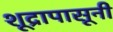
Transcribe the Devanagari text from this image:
शूद्रापासूनी